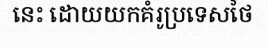
នេះ ដោយយកគំរូប្រទេសថៃ